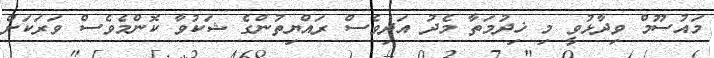
މައުސޫމް ވިދާޅުވީ މި ޚިދުމަތާ މެދު އަދިވެސް ރައްޔިތުންގެ ޝަކުވާ ކޮންމެވެސް ވަރަކަށް